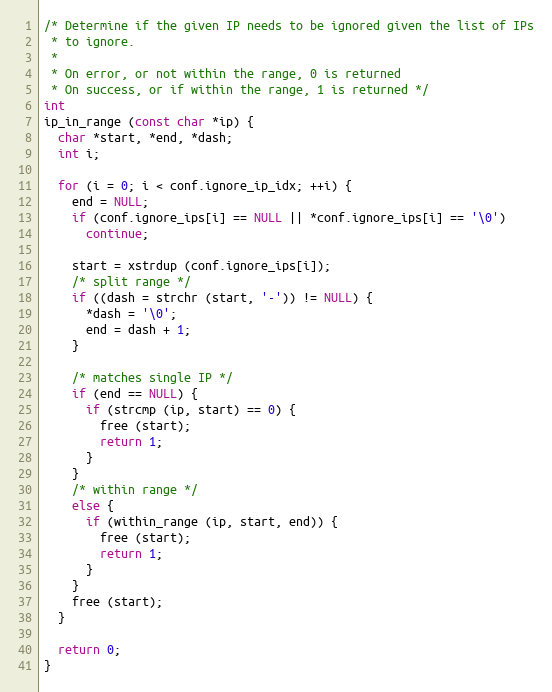
Language: C
/* Determine if the given IP needs to be ignored given the list of IPs
 * to ignore.
 *
 * On error, or not within the range, 0 is returned
 * On success, or if within the range, 1 is returned */
int
ip_in_range (const char *ip) {
  char *start, *end, *dash;
  int i;

  for (i = 0; i < conf.ignore_ip_idx; ++i) {
    end = NULL;
    if (conf.ignore_ips[i] == NULL || *conf.ignore_ips[i] == '\0')
      continue;

    start = xstrdup (conf.ignore_ips[i]);
    /* split range */
    if ((dash = strchr (start, '-')) != NULL) {
      *dash = '\0';
      end = dash + 1;
    }

    /* matches single IP */
    if (end == NULL) {
      if (strcmp (ip, start) == 0) {
        free (start);
        return 1;
      }
    }
    /* within range */
    else {
      if (within_range (ip, start, end)) {
        free (start);
        return 1;
      }
    }
    free (start);
  }

  return 0;
}